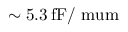
\sim 5 . 3 \, \mathrm { f F / \ m u m }